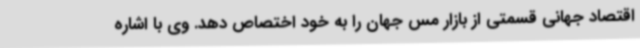
اقتصاد جهانی قسمتی از بازار مس جهان را به خود اختصاص دهد. وی با اشاره